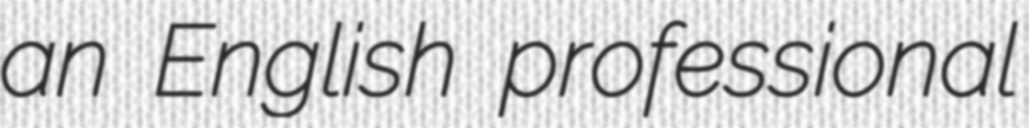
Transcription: an English professional